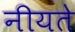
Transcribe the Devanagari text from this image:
नीयते